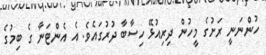
ހުންނަނީ ރަށުގެ މީހުން ދިރިއުޅޭ ހިސާބާ ދުރުގައެވެ. އެ އެންޓަނާ ގެ ބިމުގެ